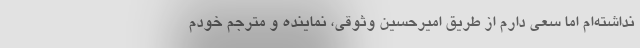
نداشته‌ام اما سعی دارم از طریق امیرحسین وثوقی، نماینده و مترجم خودم